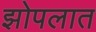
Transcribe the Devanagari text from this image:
झोपलात